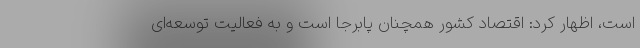
است، اظهار کرد: اقتصاد کشور همچنان پابرجا است و به فعالیت توسعه‌ای